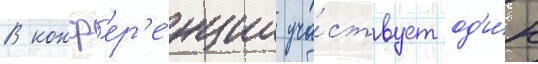
В конф'ер'е́нции уча́ствует од'и́н